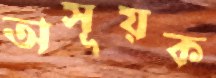
অসূয়ক